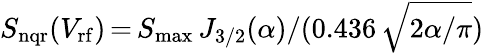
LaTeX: S_{\mathrm{nqr}}(V_{\mathrm{rf}})\, {=}\, S_{\mathrm{max}}\, J_{\mathrm{3/2}}({\alpha})/(0.436\, {\sqrt{2\alpha/\pi}})